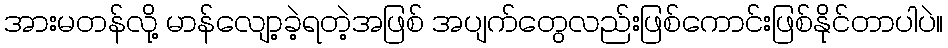
အားမတန်လို့ မာန်လျော့ခဲ့ရတဲ့အဖြစ် အပျက်တွေလည်းဖြစ်ကောင်းဖြစ်နိုင်တာပါပဲ။